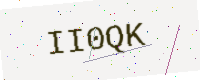
Text: II0QK